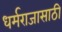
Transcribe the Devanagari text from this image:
धर्मराजासाठी